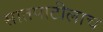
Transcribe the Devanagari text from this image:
सातपाटीलाच